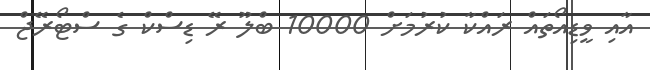
އާއި ވީޑިއޯތައް ރައްކާ ކުރުމަށް 10000 ބްލޫ ރޭ ޑިސްކް ގެ ސްޓޯރޭޖް